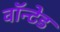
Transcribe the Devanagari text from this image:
वॉन्टेड